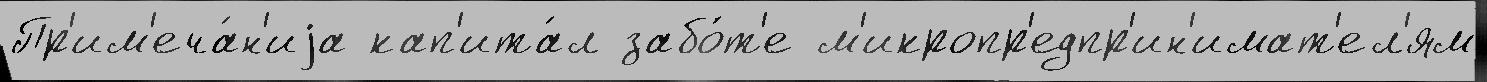
Пр'им'еча́н'иjа кап'ита́л забо́т'е м'икропр'едпр'ин'имат'ел'ям